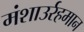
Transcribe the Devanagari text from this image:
मंशाउर्रहमान